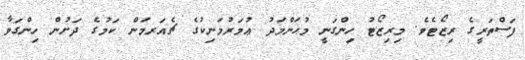
ފަސްތަރީގެ ރިޒޯޓެވެ. މިރިޒޯޓު ހިންގަނީ މުޙަންމަދު ޢުމަރުމަނިކުގެ ޗެއަރމަން ކަމުގެ ދަށުން ހިންގަވާ